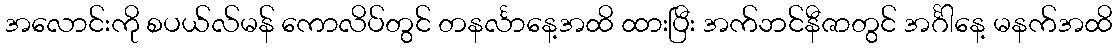
အလောင်းကို စပယ်လ်မန် ကောလိပ်တွင် တနင်္လာနေ့အထိ ထားပြီး အက်ဘင်နီဇာတွင် အင်္ဂါနေ့ မနက်အထိ